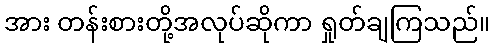
အား တန်းစားတို့အလုပ်ဆိုကာ ရှုတ်ချကြသည်။